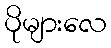
ပိုများလေ